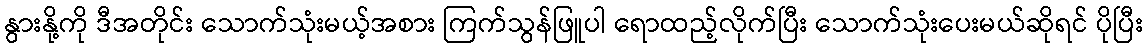
နွားနို့ကို ဒီအတိုင်း သောက်သုံးမယ့်အစား ကြက်သွန်ဖြူပါ ရောထည့်လိုက်ပြီး သောက်သုံးပေးမယ်ဆိုရင် ပိုပြီး